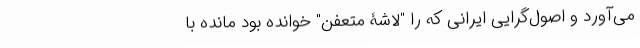
می‌آورد و اصول‌گرایی ایرانی که را "لاشۀ متعفن" خوانده بود مانده با